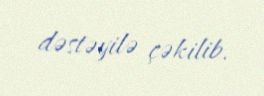
dəstəyilə çəkilib.